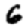
Digit: 6